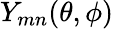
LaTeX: Y_{mn}(\theta,\phi)